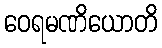
ဝေရမဏိယောတိ